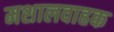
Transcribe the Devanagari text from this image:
मशालवाहक